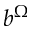
b ^ { \Omega }